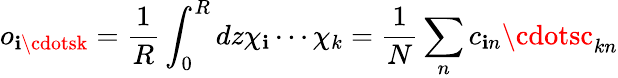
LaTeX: o_{\mathbf{i}\cdotsk}=\frac{{1}}{{R}}\int_{0}^{R}dz\chi_{\mathbf{i}}\cdots\chi_{k}=\frac{{1}}{{N}}\sum_{n}c_{\mathbf{i}n}\cdotsc_{kn}